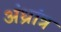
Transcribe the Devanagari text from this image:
अंध्रांत्र